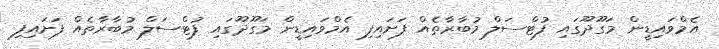
އެމްވައިޑީން މަގޫދޫގައި ފުޓްސަލް މުބާރާތެއް ފަށައިފި އެމްވައިޑީން މަގޫދޫގައި ފުޓްސަލް މުބާރާތެއް ފަށައިފި